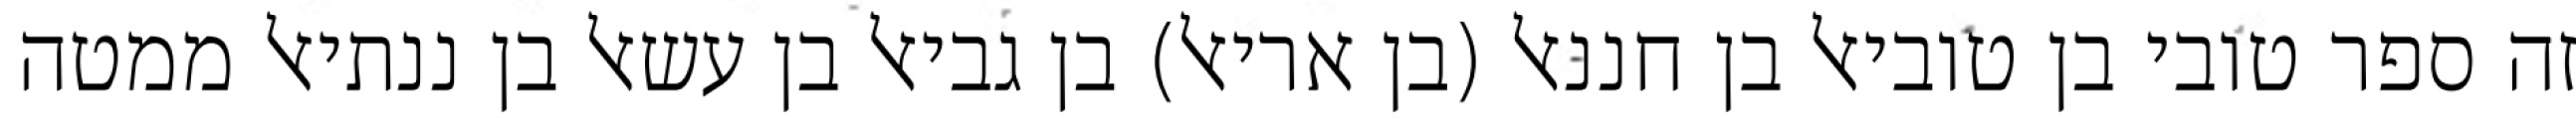
זה ספר טובי בן טוביאל בן חננאל (בן אריאל) בן גביאל בן עשאל בן ננתיאל ממטה